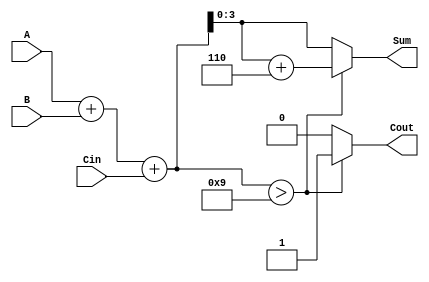
module BCD_Fast_Adder (
    input  [3:0] A,      // First BCD digit
    input  [3:0] B,      // Second BCD digit
    input        Cin,     // Carry-in
    output reg [3:0] Sum, // BCD Sum
    output reg Cout       // Carry-out
);

    wire [4:0] TempSum;  // Temporary sum (5 bits to accommodate carry)
    
    // Binary addition of A, B, and Cin
    assign TempSum = A + B + Cin;

    always @(*) begin
        // Initialize outputs
        Sum = 4'b0000;
        Cout = 1'b0;

        // Check for BCD correction
        if (TempSum > 5'b01001) begin // 9 in binary is 01001
            Sum = TempSum + 5'b00110; // Add 6 to correct
            Cout = 1'b1;               // Set carry-out
        end else begin
            Sum = TempSum[3:0]; // No correction needed
            Cout = 1'b0;        // No carry-out
        end
    end

endmodule